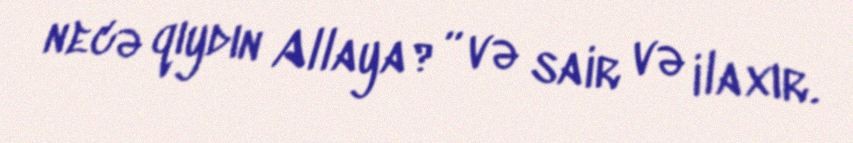
necə qıydın Allaya?” və sair və ilaxır.